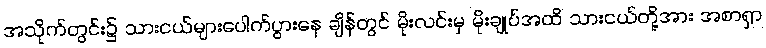
အသိုက်တွင်း၌ သားငယ်များပေါက်ပွားနေ ချိန်တွင် မိုးလင်းမှ မိုးချုပ်အထိ သားငယ်တို့အား အစာရှာ